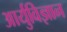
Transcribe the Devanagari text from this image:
आर्युविज्ञान